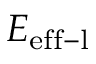
E _ { \mathrm { e f f - l } }